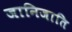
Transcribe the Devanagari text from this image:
जानिजाति